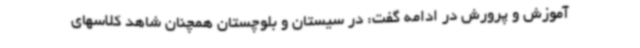
آموزش و پرورش در ادامه گفت: در سیستان و بلوچستان همچنان شاهد کلاسهای